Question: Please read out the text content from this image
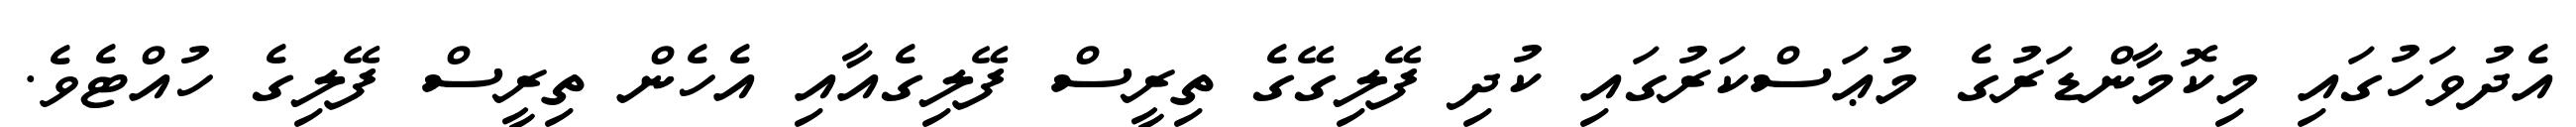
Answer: އެދުވަހުގައި މިކޮމާންޑަރުގެ މުޢަސްކަރުގައި ކުދި ފޭލިގޭގެ ތިރީސް ފޭލިގެއާއި އެހެން ތިރީސް ފޭލިގެ ހުއްޓެވެ.